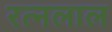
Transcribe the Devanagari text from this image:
रत्नलाल